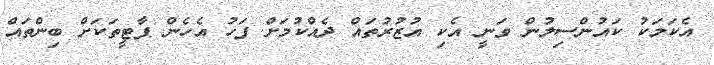
އެކަމަކު ކައުންސިލުން ވަނީ އެކި އުޒުރުތައް ދެއްކުމަށް ފަހު އެހެން ޕާޓީތަކަށް ބިންތައް